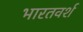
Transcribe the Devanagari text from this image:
भारतवर्श